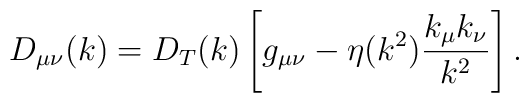
D_{\mu\nu}(k)   = D_T(k)    \left[ g_{\mu\nu} - \eta(k^2) \frac{k_\mu k_\nu}{k^2}\right] .